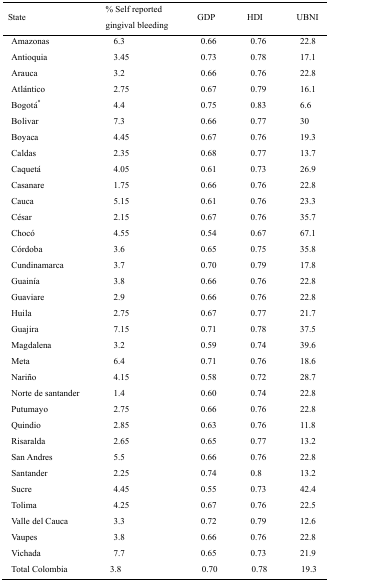
<table><thead><tr><td><b>State</b></td><td><b>% Self reported gingival bleeding</b></td><td><b>GDP</b></td><td><b>HDI</b></td><td><b>UBNI</b></td></tr></thead><tbody><tr><td>Amazonas</td><td>6.3</td><td>0.66</td><td>0.76</td><td>22.8</td></tr><tr><td>Antioquia</td><td>3.45</td><td>0.73</td><td>0.78</td><td>17.1</td></tr><tr><td>Arauca</td><td>3.2</td><td>0.66</td><td>0.76</td><td>22.8</td></tr><tr><td>Atlántico</td><td>2.75</td><td>0.67</td><td>0.79</td><td>16.1</td></tr><tr><td>Bogotá*</td><td>4.4</td><td>0.75</td><td>0.83</td><td>6.6</td></tr><tr><td>Bolivar</td><td>7.3</td><td>0.66</td><td>0.77</td><td>30</td></tr><tr><td>Boyaca</td><td>4.45</td><td>0.67</td><td>0.76</td><td>19.3</td></tr><tr><td>Caldas</td><td>2.35</td><td>0.68</td><td>0.77</td><td>13.7</td></tr><tr><td>Caquetá</td><td>4.05</td><td>0.61</td><td>0.73</td><td>26.9</td></tr><tr><td>Casanare</td><td>1.75</td><td>0.66</td><td>0.76</td><td>22.8</td></tr><tr><td>Cauca</td><td>5.15</td><td>0.61</td><td>0.76</td><td>23.3</td></tr><tr><td>César</td><td>2.15</td><td>0.67</td><td>0.76</td><td>35.7</td></tr><tr><td>Chocó</td><td>4.55</td><td>0.54</td><td>0.67</td><td>67.1</td></tr><tr><td>Córdoba</td><td>3.6</td><td>0.65</td><td>0.75</td><td>35.8</td></tr><tr><td>Cundinamarca</td><td>3.7</td><td>0.7</td><td>0.79</td><td>17.8</td></tr><tr><td>Guainía</td><td>3.8</td><td>0.66</td><td>0.76</td><td>22.8</td></tr><tr><td>Guaviare</td><td>2.9</td><td>0.66</td><td>0.76</td><td>22.8</td></tr><tr><td>Huila</td><td>2.75</td><td>0.67</td><td>0.77</td><td>21.7</td></tr><tr><td>Guajira</td><td>7.15</td><td>0.71</td><td>0.78</td><td>37.5</td></tr><tr><td>Magdalena</td><td>3.2</td><td>0.59</td><td>0.74</td><td>39.6</td></tr><tr><td>Meta</td><td>6.4</td><td>0.71</td><td>0.76</td><td>18.6</td></tr><tr><td>Nariño</td><td>4.15</td><td>0.58</td><td>0.72</td><td>28.7</td></tr><tr><td>Norte de santander</td><td>1.4</td><td>0.6</td><td>0.74</td><td>22.8</td></tr><tr><td>Putumayo</td><td>2.75</td><td>0.66</td><td>0.76</td><td>22.8</td></tr><tr><td>Quindio</td><td>2.85</td><td>0.63</td><td>0.76</td><td>11.8</td></tr><tr><td>Risaralda</td><td>2.65</td><td>0.65</td><td>0.77</td><td>13.2</td></tr><tr><td>San Andres</td><td>5.5</td><td>0.66</td><td>0.76</td><td>22.8</td></tr><tr><td>Santander</td><td>2.25</td><td>0.74</td><td>0.8</td><td>13.2</td></tr><tr><td>Sucre</td><td>4.45</td><td>0.55</td><td>0.73</td><td>42.4</td></tr><tr><td>Tolima</td><td>4.25</td><td>0.67</td><td>0.76</td><td>22.5</td></tr><tr><td>Valle del Cauca</td><td>3.3</td><td>0.72</td><td>0.79</td><td>12.6</td></tr><tr><td>Vaupes</td><td>3.8</td><td>0.66</td><td>0.76</td><td>22.8</td></tr><tr><td>Vichada</td><td>7.7</td><td>0.65</td><td>0.73</td><td>21.9</td></tr><tr><td>Total Colombia</td><td>3.8</td><td>0.7</td><td>0.78</td><td>19.3</td></tr></tbody></table>